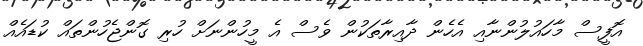
އޮފީސް މާހައުލުންނާއި އެހެން ދާއިރާތަކުން ވެސް އެ މީހުންނަށް ހުރި ގޮންޖެހުންތައް ކުޑައެއް